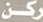
ركن